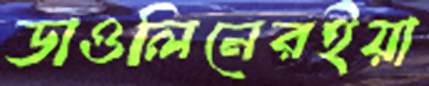
ডাওলিনেরইয়া